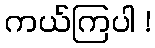
ကယ်ကြပါ !